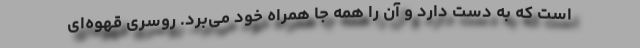
است که به دست دارد و آن را همه جا همراه خود می‌برد. روسری قهوه‌ای